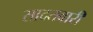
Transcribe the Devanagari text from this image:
सादतवारी